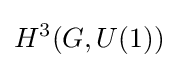
H^{3}(G,U(1))